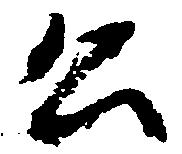
公